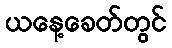
ယနေ့ခေတ်တွင်